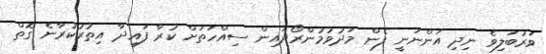
ވަރުބަލިވެ ނިދި އަންނަނީ ފެން މަދުވުމުންރޯދައިން ސިއްހަތަށް ކުރާ ފައިދާ އިތުރުކުރާނެ ގޮތް